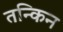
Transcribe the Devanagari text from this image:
तन्किन